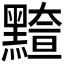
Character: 𪒇